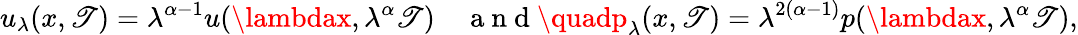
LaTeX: u_{\lambda}(x,\mathscr{T})=\lambda^{\alpha-1}u(\lambdax,\lambda^{\alpha}\mathscr{T})\quad\mathrm{{~a~n~d~}}\quadp_{\lambda}(x,\mathscr{T})=\lambda^{2(\alpha-1)}p(\lambdax,\lambda^{\alpha}\mathscr{T}),